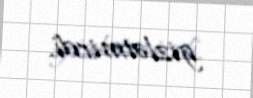
gizlətmirdi.